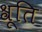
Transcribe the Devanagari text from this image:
श्रूति